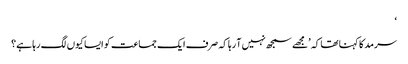
‘
سرمد کا کہنا تھا کہ ’مجھے سمجھ نہیں آ رہا کہ صرف ایک جماعت کو ایسا کیوں لگ رہا ہے؟